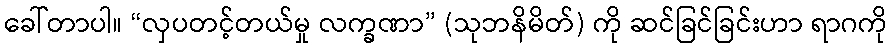
ခေါ်တာပါ။ “လှပတင့်တယ်မှု လက္ခဏာ” (သုဘနိမိတ်) ကို ဆင်ခြင်ခြင်းဟာ ရာဂကို